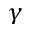
\gamma